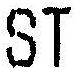
ST